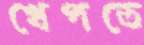
খেপতে